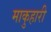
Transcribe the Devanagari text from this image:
माकुहारी